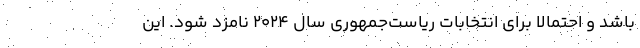
باشد و احتمالاً برای انتخابات ریاست‌جمهوری سال ۲۰۲۴ نامزد شود. این